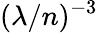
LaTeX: (\lambda/n)^{-3}